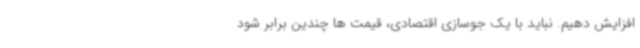
افزایش دهیم. نباید با یک جوسازی اقتصادی، قیمت ها چندین برابر شود